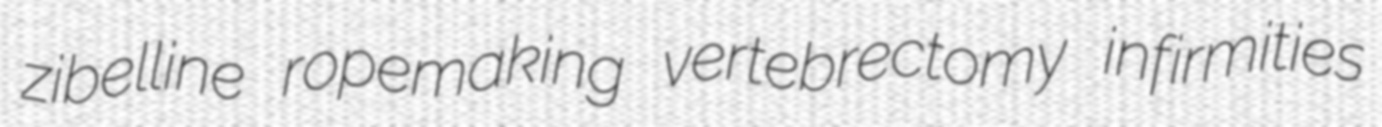
zibelline ropemaking vertebrectomy infirmities